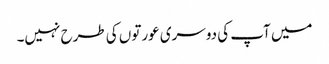
میں آپ کی دوسری عورتوں کی طرح نہیں۔